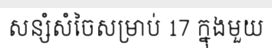
សន្សំសំចៃសម្រាប់ 17 ក្នុងមួយ